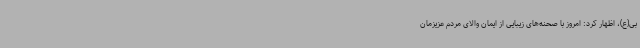
بی(ع)، اظهار کرد: امروز با صحنه‌های زیبایی از ایمان والای مردم عزیزمان